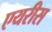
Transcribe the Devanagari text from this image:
एयरीस